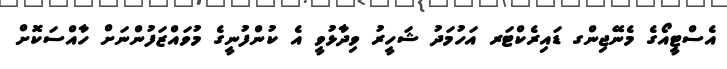
އެސްޓީއޯގެ މެނޭޖިންގ ޑައިރެކްޓަރ އަހުމަދު ޝަހީރު ވިދާޅުވީ އެ ކުންފުނީގެ މުވައްޒަފުންނަށް ހާއްސަކޮށް